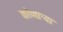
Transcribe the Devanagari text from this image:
कोणार्‍या